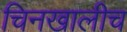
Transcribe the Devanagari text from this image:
चिनखालीच